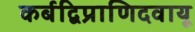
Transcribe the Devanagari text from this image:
कर्बद्विप्राणिदवायू